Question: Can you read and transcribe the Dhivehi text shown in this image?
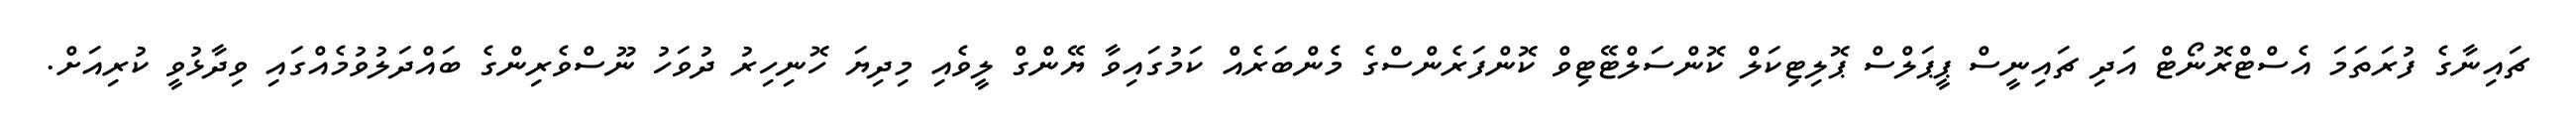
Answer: ޗައިނާގެ ފުރަތަމަ އެސްޓްރޮނޯޓް އަދި ޗައިނީސް ޕީޕަލްސް ޕޮލިޓިކަލް ކޮންސަލްޓޭޓިވް ކޮންފަރެންސްގެ މެންބަރެއް ކަމުގައިވާ ޔޭންގް ލީވެއި މިދިޔަ ހޮނިހިރު ދުވަހު ނޫސްވެރިންގެ ބައްދަލުވުމެއްގައި ވިދާޅުވީ ކުރިއަށް.